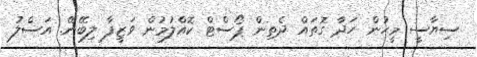
ސިޔާސީ މީހުން ހަދާ ގޮތައް ދެތިން ޕޯސްޓް ކޮއްލުމުން ވަޒީފާ ލިބޭނޭ. އަސްލު